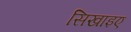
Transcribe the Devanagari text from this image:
सिखाइए